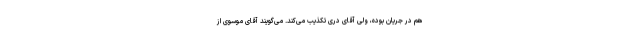
هم در جریان بوده، ولی آقای درى تكذیب مى‌كند. می‌گویند آقاى موسوى از